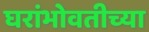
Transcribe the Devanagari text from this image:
घरांभोवतीच्या